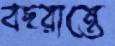
বছরান্তে